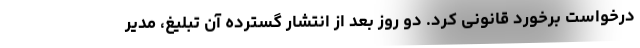
درخواست برخورد قانونی کرد. دو روز بعد از انتشار گسترده آن تبلیغ، مدیر